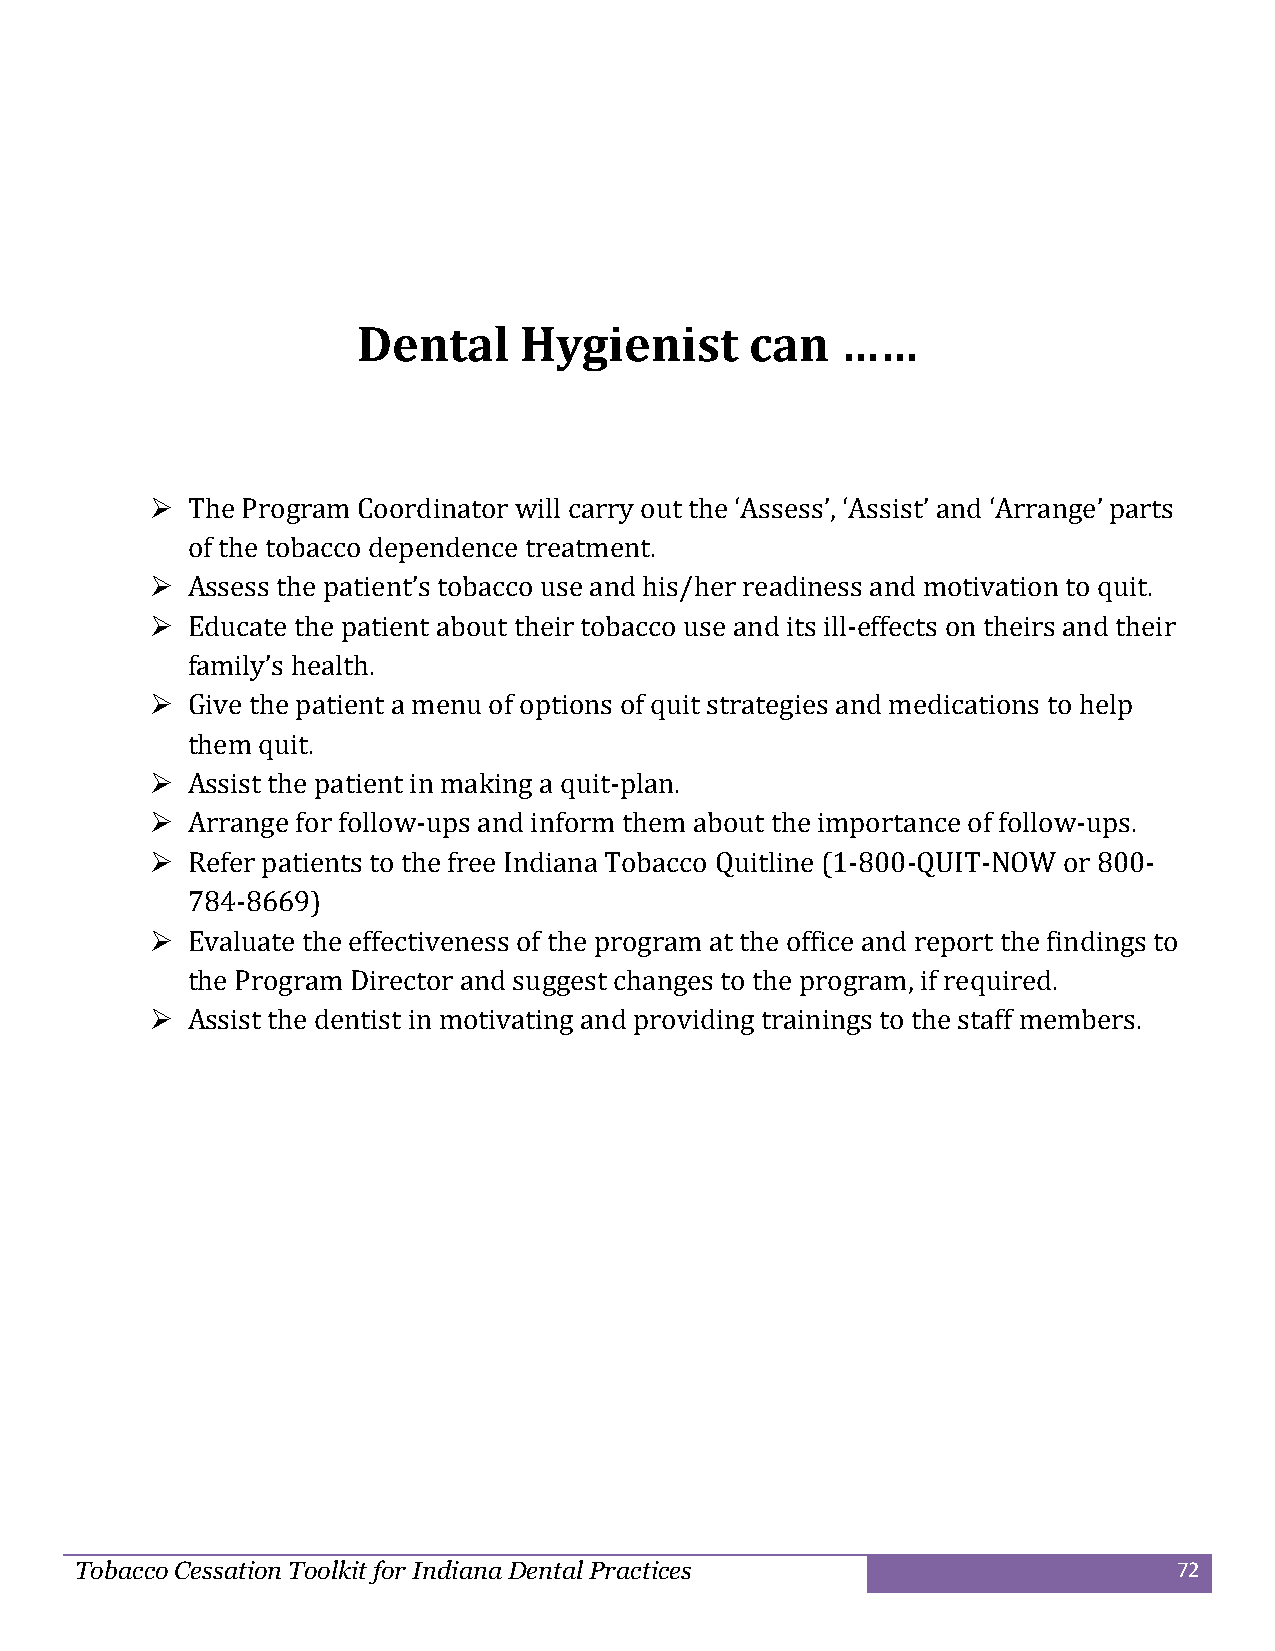
Dental    Hygienist       can   ……
  The Program Coordinator will carry out the ‘Assess’, ‘Assist’ and ‘Arrange’ parts
 of the tobacco dependence treatment.
  Assess the patient’s tobacco use and his/her readiness and motivation to quit.
  Educate the patient about their tobacco use and its ill-effects on theirs and their
 family’s health.
  Give the patient a menu of options of quit strategies and medications to help
 them quit.
  Assist the patient in making a quit-plan.
  Arrange for follow-ups and inform them about the importance of follow-ups.
  Refer patients to the free Indiana Tobacco Quitline (1-800-QUIT-NOW or 800-
 784-8669)
  Evaluate the effectiveness of the program at the office and report the findings to
 the Program Director and suggest changes to the program, if required.
  Assist the dentist in motivating and providing trainings to the staff members.
 Tobacco Cessation Toolkit for Indiana Dental Practices                   72